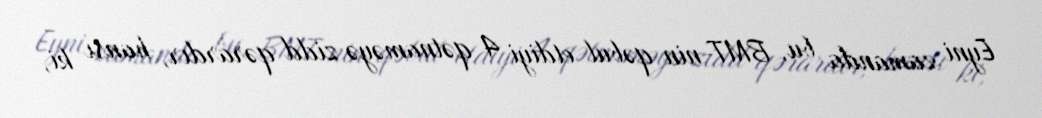
Eyni zamanda bu, BMT-nin qəbul etdiyi 4 qətnaməyə zidd qərardır, hansı ki,